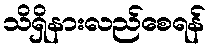
သိရှိနားလည်စေရန်